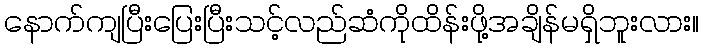
နောက်ကျပြီးပြေးပြီးသင့်လည်ဆံကိုထိန်းဖို့အချိန်မရှိဘူးလား။